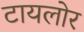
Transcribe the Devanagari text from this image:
टायलोर